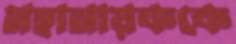
মহানায়ককে